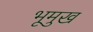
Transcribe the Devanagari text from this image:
भूमुख